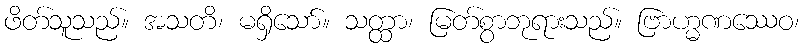
ဖိတ်သူသည်။ အသတိ၊ မရှိသော်။ သတ္ထာ၊ မြတ်စွာဘုရားသည်။ ဗြာဟ္မဏဿေဝ၊